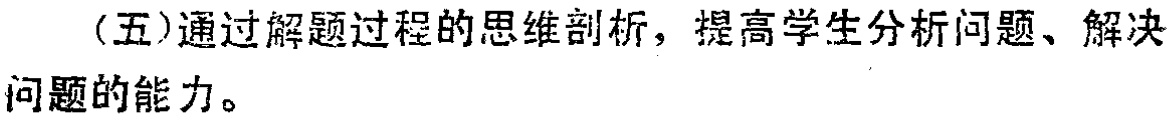
（五）通过解题过程的思维剖析，提高学生分析问题、解决问题的能力。